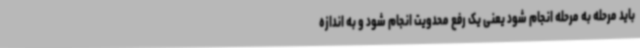
باید مرحله به مرحله انجام شود یعنی یک رفع محدویت انجام شود و به اندازه